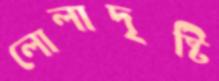
লোলাদৃষ্টি